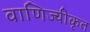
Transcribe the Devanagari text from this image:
वाणिज्यीकृत